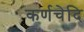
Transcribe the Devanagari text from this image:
कर्णचेदि